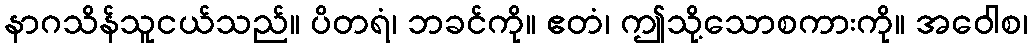
နာဂသိန်သူငယ်သည်။ ပိတရံ၊ ဘခင်ကို။ ဧတံ၊ ဤသို့သောစကားကို။ အဝေါစ၊